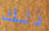
ذلك